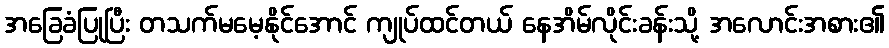
အခြေခံပြုပြီး တသက်မမေ့နိုင်အောင် ကျုပ်ထင်တယ် နေအိမ်လိုင်းခန်းသို့ အလောင်းအစား၏